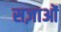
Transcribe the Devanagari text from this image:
सज़ाओं